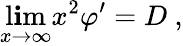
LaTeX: \operatorname*{l\mathbf{i}m}_{x\rightarrow\infty}x^{2}\varphi^{\prime}=D\ ,